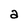
Character: a